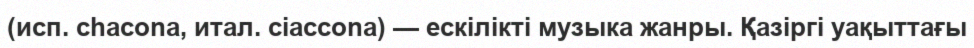
(исп. chacona, итал. cіaccona) — ескілікті музыка жанры. Қазіргі уақыттағы